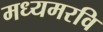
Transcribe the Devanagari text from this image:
मध्यमरवि